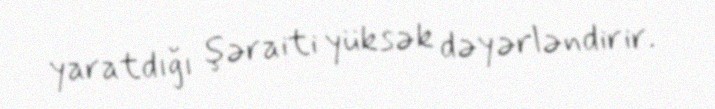
yaratdığı şəraiti yüksək dəyərləndirir.